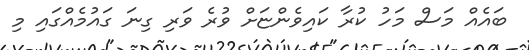
ބައެއް މަސް މަހު ކުރާ ކައިވެންޏަށް ވުރެ ވަރި ގިނަ ގައުމެއްގައި މި